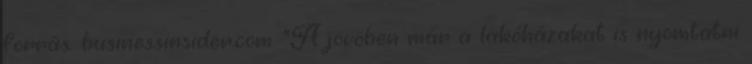
forrás: businessinsider.com "A jövöben már a lakóházakat is nyomtatni